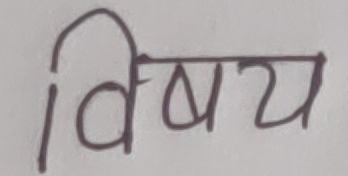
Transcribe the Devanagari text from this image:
विषय